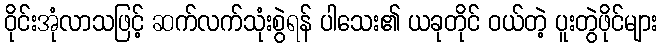
ဝိုင်းအုံလာသဖြင့် ဆက်လက်သုံးစွဲရန် ပါသေး၏ ယခုတိုင် ဝယ်တဲ့ ပူးတွဲဖိုင်များ